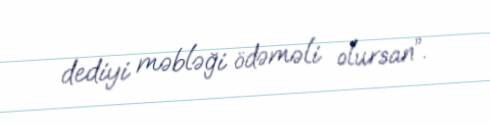
dediyi məbləği ödəməli olursan”.